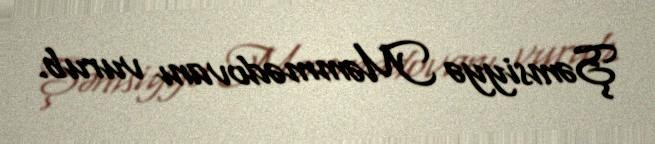
Şəmsiyyə Məmmədovanı vurub.